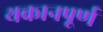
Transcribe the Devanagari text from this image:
थकानपूर्ण